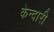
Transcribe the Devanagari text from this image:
केन्दारी